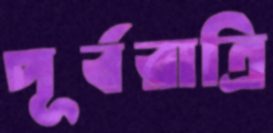
পূর্বরাত্রি